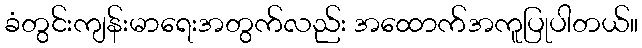
ခံတွင်းကျန်းမာရေးအတွက်လည်း အထောက်အကူပြုပါတယ်။